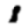
Digit: 1